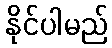
နိုင်ပါမည်